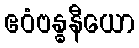
ဧဝံဗန္ဓနီယော